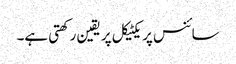
سائنس پریکٹیکل پر یقین رکھتی ہے۔